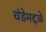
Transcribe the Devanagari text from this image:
चंडेमद्दळे